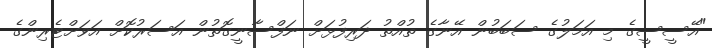
"އޭސީސީގެ މި އަމަލުގެ ސަބަބުން އޭނާގެ ތުއްތު ދަރިފުޅަށް ނަފްސާނީގޮތުން އަސަރުކޮށް އަވަށްޓެރިންގެ